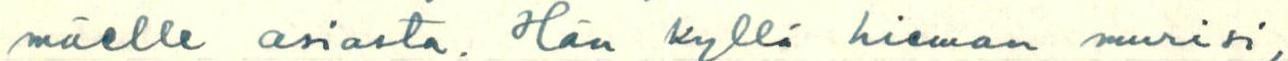
mäelle asiasta. Hän kyllä hieman murisi,